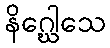
နိဂ္ဃေါသေ